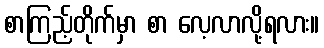
စာကြည့်တိုက်မှာ စာ လေ့လာလို့ရလား။